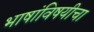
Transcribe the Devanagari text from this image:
भाषांविषयीचा